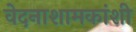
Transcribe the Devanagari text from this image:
वेदनाशामकांशी